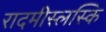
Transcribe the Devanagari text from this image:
रादमीस्लस्कि